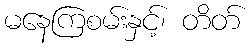
မနေကြစမ်းနှင့်၊ တိတ်